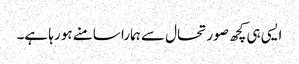
ایسی ہی کچھ صورتحال سے ہمارا سامنے ہو رہا ہے۔